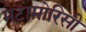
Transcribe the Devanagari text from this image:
मेटामोरिसी